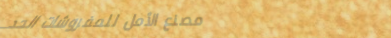
مصنع الأمل للمفروشات الحد